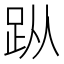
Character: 𧿛